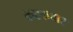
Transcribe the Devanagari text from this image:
कटकवार